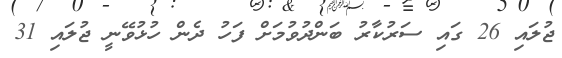
ޖުލައި 26 ގައި ސަރުކާރު ބަންދުވުމަށް ފަހު ދެން ހުޅުވޭނީ ޖުލައި 31